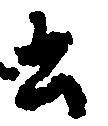
云